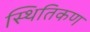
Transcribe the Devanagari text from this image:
स्थितिकण